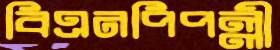
বিএনপিপল্লী